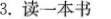
3.读一本书